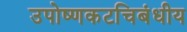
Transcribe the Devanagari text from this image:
उपोष्णकटचिबंधीय